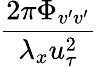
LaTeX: \frac{2\pi\Phi_{v^{\prime}v^{\prime}}}{\lambda_{x}u_{\tau}^{2}}